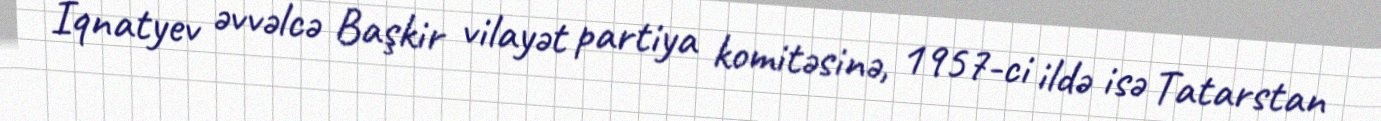
İqnatyev əvvəlcə Başkir vilayət partiya komitəsinə, 1957-ci ildə isə Tatarstan